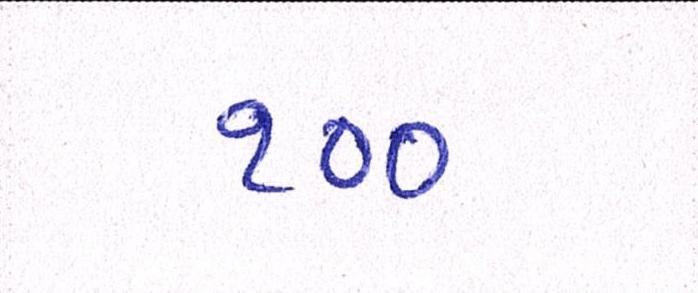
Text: ૧૦૦